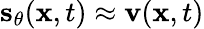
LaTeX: \mathbf{s}_{\theta}(\mathbf{x},t)\approx\mathbf{v}(\mathbf{x},t)